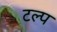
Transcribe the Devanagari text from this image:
टल्प